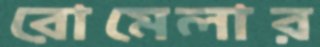
রোমেলার